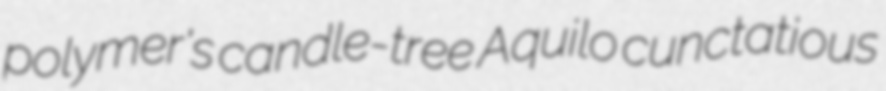
polymer's candle-tree Aquilo cunctatious